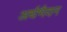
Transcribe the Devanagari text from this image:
अर्धभैदन